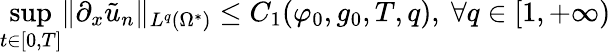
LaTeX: \operatorname*{sup}_{t\in[0,T]}\lVert\partial_{x}\tilde{u}_{n}\rVert_{L^{q}(\Omega^{*})}\leq C_{1}(\varphi_{0},g_{0},T,q),\ \forall q\in[1,+\infty)